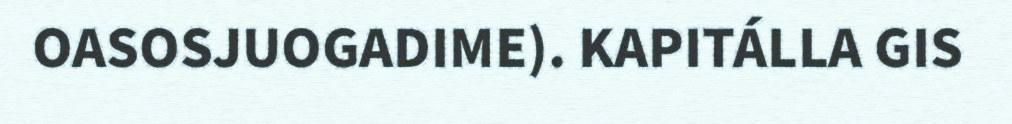
OASOSJUOGADIME). KAPITÁLLA GIS